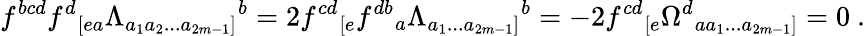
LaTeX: f^{bcd}f^{d}{}_{[ea}\Lambda_{a_{1}a_{2}...a_{2m-1}]}{}^{b}=2f^{cd}{}_{[e}f^{db}{}_{a}\Lambda_{a_{1}...a_{2m-1}]}{}^{b}=-2f^{cd}{}_{[e}\Omega^{d}{}_{aa_{1}...a_{2m-1}]}=0\ .